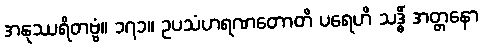
အနုဿရိတဗ္ဗံ။ ၁၇၁။ ဥပသံဟရဏတောတိ ပရေဟိ သဒ္ဓိံ အတ္တနော